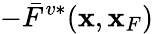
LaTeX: -\bar{F}^{v*}({\mathbf x},{\mathbf x}_{F})